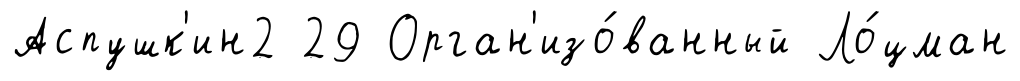
Аспушк'ин2 29 Орган'изо́ванный Ло́цман